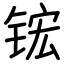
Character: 𬭎